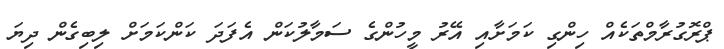
ޕްރޮގުރާމްތަކެއް ހިންގި ކަމަށާއި އޭރު މީހުންގެ ސަމާލުކަން އެފަދަ ކަންކަމަށް ލިބިގެން ދިޔަ